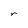
Character: r